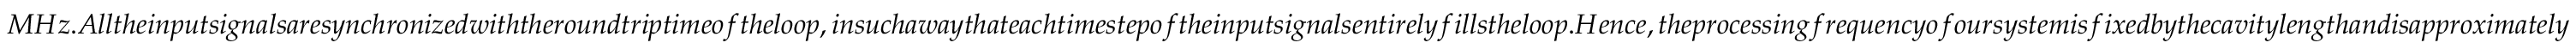
M H z . A l l t h e i n p u t s i g n a l s a r e s y n c h r o n i z e d w i t h t h e r o u n d t r i p t i m e o f t h e l o o p , i n s u c h a w a y t h a t e a c h t i m e s t e p o f t h e i n p u t s i g n a l s e n t i r e l y f i l l s t h e l o o p . H e n c e , t h e p r o c e s s i n g f r e q u e n c y o f o u r s y s t e m i s f i x e d b y t h e c a v i t y l e n g t h a n d i s a p p r o x i m a t e l y